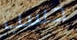
حسب